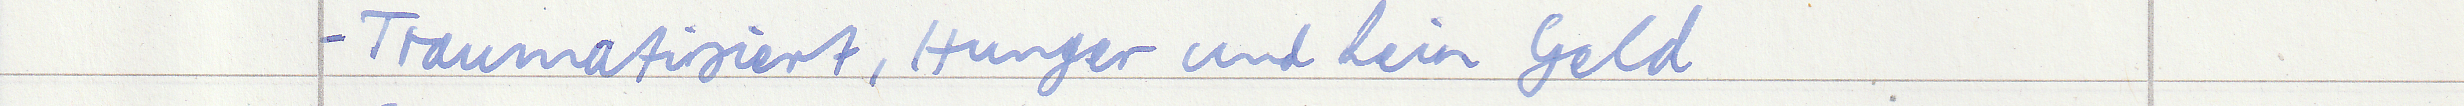
- Traumatisiert, Hunger und kein Geld